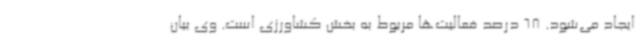
ایجاد می‌شود. 68 درصد فعالیت‌ها مربوط به بخش کشاورزی است. وی بیان